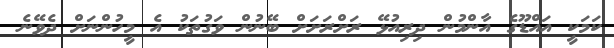
ކަމަކީ އައްޑޫގެ އާންމުން ދިރިއުޅޭ ރަށްރަށަށް ބޭނުން ވަގުތަކު އެ މީހުންނަށް ދެވޭނެ